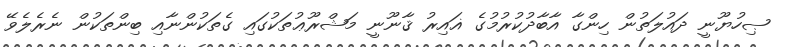
ޞިހުޔޫނީ ދައުލަތުން ހިންގާ އާބާދުކުރުމުގެ ޣައިރު ޤާނޫނީ މަޝްރޫޢުތަކުގައި ގެތަކުންނާއި ބިންތަކުން ނެރެލެވޭ